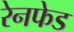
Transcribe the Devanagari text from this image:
रेनफेड